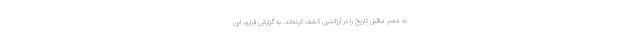
به عصر ماقبل تاریخ را در آرژانتین کشف کرده‌اند. به گزارش فرارو، این